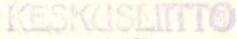
KESKUSLIITTO